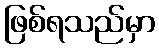
ဖြစ်ရသည်မှာ